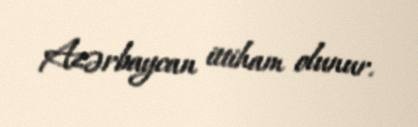
Azərbaycan ittiham olunur.